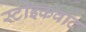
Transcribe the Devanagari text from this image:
स्टोइकवाद